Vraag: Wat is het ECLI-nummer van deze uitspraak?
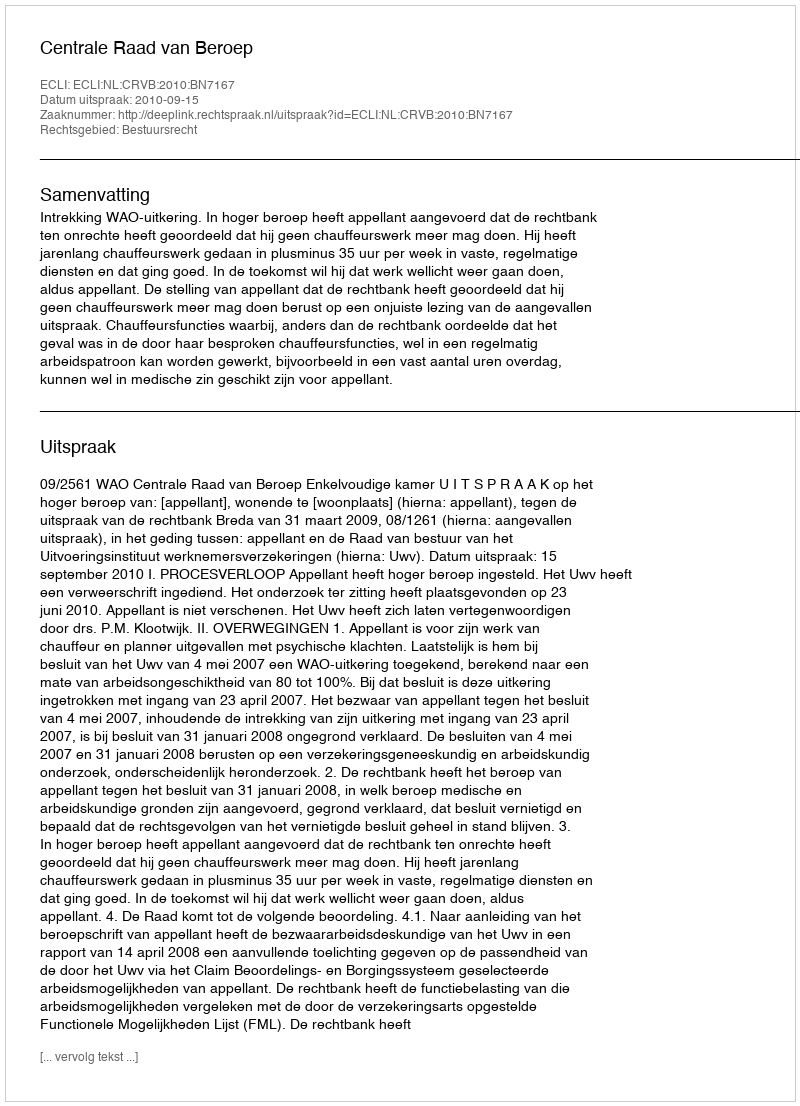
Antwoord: ECLI:NL:CRVB:2010:BN7167